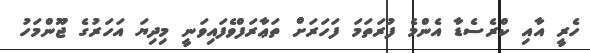
ހެރީ އާއި ކްރެސެޑާ އެންމެ ފުރަތަމަ ފަހަރަށް ތަޢާރަފްވެފައިވަނީ މިދިޔަ އަހަރުގެ ޖޫންމަހު